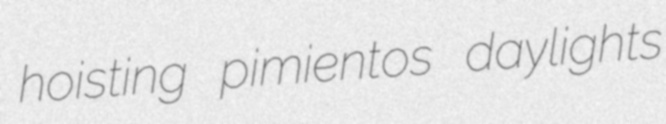
hoisting pimientos daylights